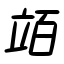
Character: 竡